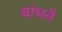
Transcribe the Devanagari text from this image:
बांभनै